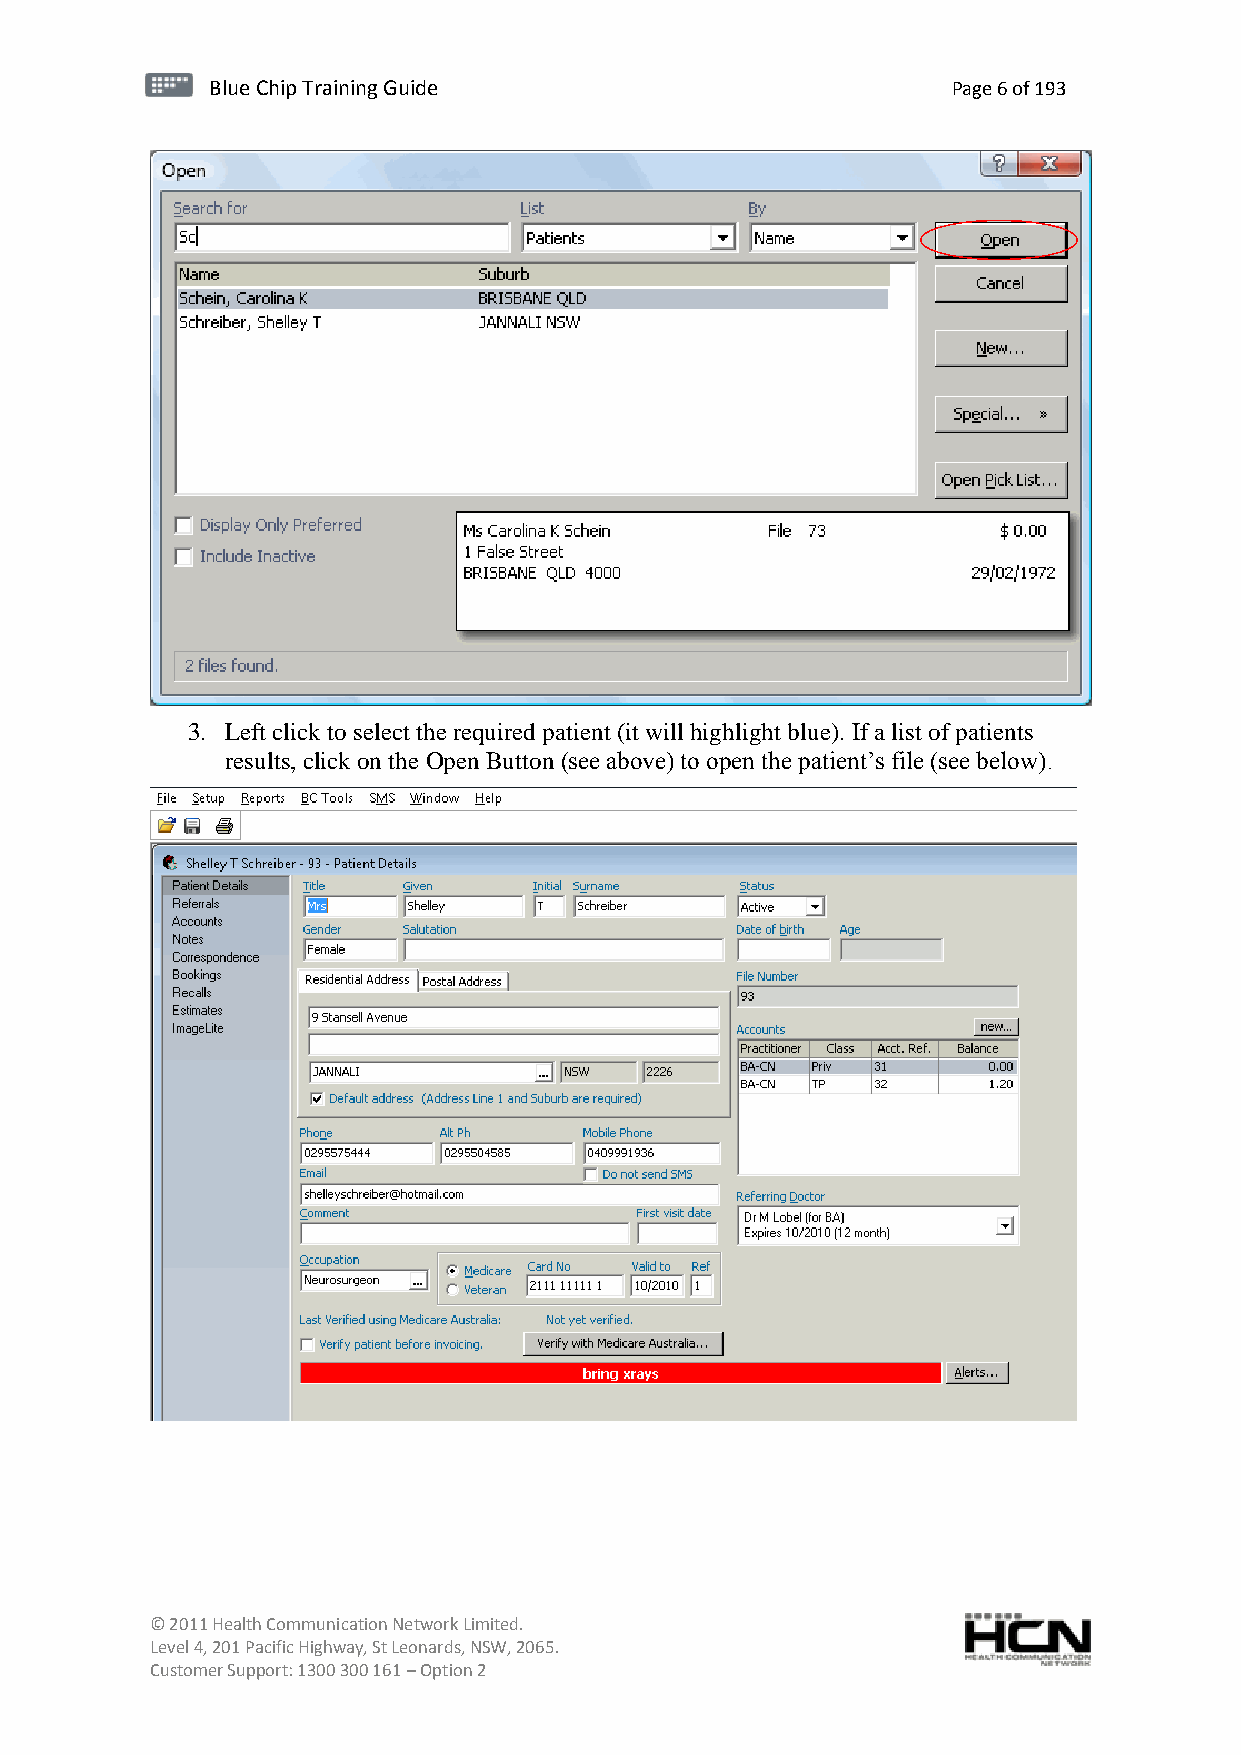
BBlluuee C Chihpi pTr Tairnainingi Gnugi dGeu ide Page 6 of 193
 3. Left click to select the required patient (it will highlight blue). If a list of patients
 results, click on the Open Button (see above) to open the patient’s file (see below).
 © 2011 Health Communication Network Limited.
 Level 4, 201 Pacific Highway, St Leonards, NSW, 2065.
 Customer Support: 1300 300 161 – Option 2